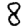
Digit: 8